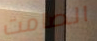
الصامت